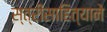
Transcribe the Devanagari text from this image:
स्त्रीसाहित्याने